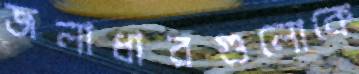
জলাধারগুলোকে